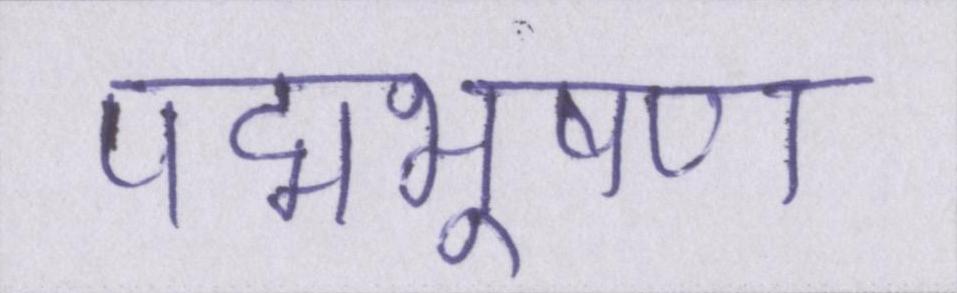
पद्मभूषण